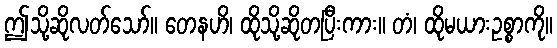
ဤသို့ဆိုလတ်သော်။ တေနဟိ၊ ထိုသို့ဆိုတပြီးကား။ တံ၊ ထိုမယားဥစ္စာကို။